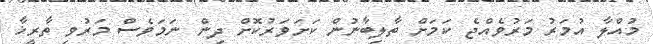
މުއްލާ އުމަރު މަރުވެއްޖެ ކަމަށް ތާލިބާނުން ކަށަވަރުކޮށް ދިން ނަމަވެސް މަރުވި ތާރީޚާ